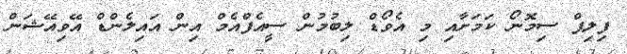
ފިލިޕް ސިމޮނޯ ކަމަށާއި މި އެވޯޑް ލިބުމުން ސީއެފްއެމް އިން އައިލެންޑް އޭވިއޭޝަން